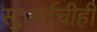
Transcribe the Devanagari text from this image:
स्टुअर्टचीही